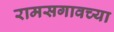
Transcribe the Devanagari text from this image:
रामसगावच्या